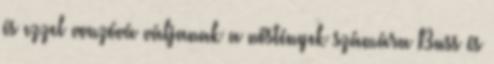
és ezzel vonzóvá váljanak a nőstények számára Buss és